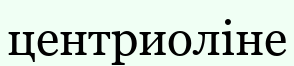
центриоліне